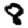
Digit: 8